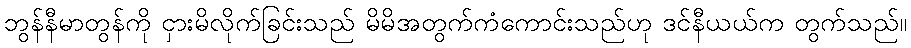
ဘွန်နီမာတွန်ကို ငှားမိလိုက်ခြင်းသည် မိမိအတွက်ကံကောင်းသည်ဟု ဒင်နီယယ်က တွက်သည်။